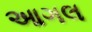
આગલ